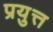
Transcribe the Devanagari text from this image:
प्रयुत्त